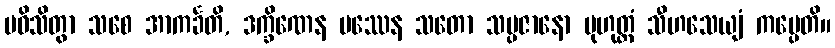
ပဝိသိတွာ သစေ အာကင်္ခတိ, ဒက္ခိဏေန ပဿေန သတော သမ္ပဇာနော မုဟုတ္တံ သီဟသေယျံ ကပ္ပေတိ။